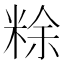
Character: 𥺌